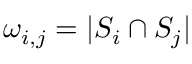
\omega _ { i , j } = | S _ { i } \cap S _ { j } |